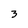
Character: 3